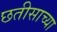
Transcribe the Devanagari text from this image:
छतीसाच्या